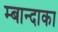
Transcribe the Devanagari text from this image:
म्बान्दाका